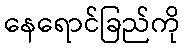
နေရောင်ခြည်ကို